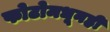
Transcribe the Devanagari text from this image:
फोटोमधूनही